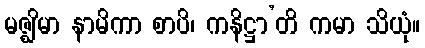
မဇ္ဈိမာ နာမိကာ စာပိ၊ ကနိဋ္ဌာ’တိ ကမာ သိယုံ။